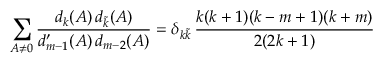
\sum _ { A \neq 0 } \frac { d _ { k } ( A ) \, d _ { \widetilde { k } } ( A ) } { d _ { m - 1 } ^ { \prime } ( A ) \, d _ { m - 2 } ( A ) } = \delta _ { k \widetilde { k } } \, \frac { k ( k + 1 ) ( k - m + 1 ) ( k + m ) } { 2 ( 2 k + 1 ) }